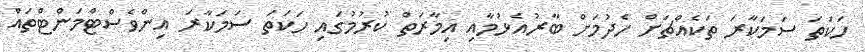
ހަކަތަ ސަމަކާރަ ތަކެއްޗަށް ހެދުމަށް ބާރުއެޅުމާއި އިމާރަތް ކުރުމުގައި ހަކަތަ ސަމަކާރަ އިންވެސްޓްމަންޓްތައް